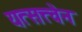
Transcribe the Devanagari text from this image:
यत्सत्त्वेन